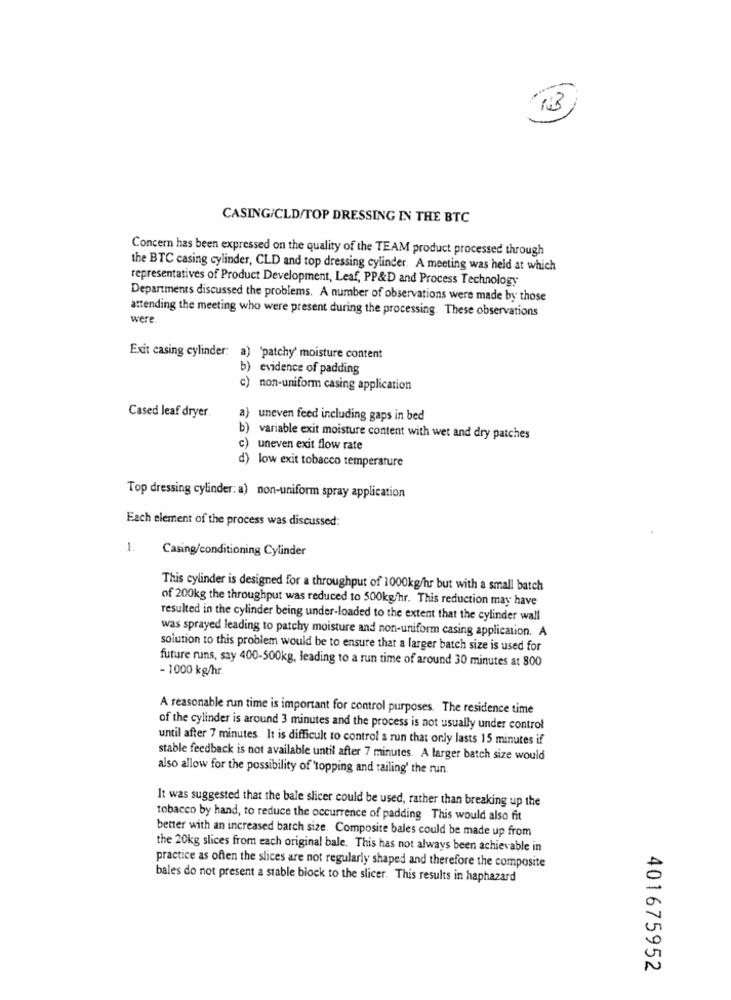
CASING/CLD/TOP DRESSING IN THE BTC
Concern has been expressed on the quality of the TEAM product processed through
the BTC casing cylinder, CLD and top dressing cylinder. A meeting was held at which
representatives of Product Development, Leaf, PP&D and Process Technology
Departments discussed the problems. A number of observations were made by those
attending the meeting who were present during the processing. These observations
were
Exit casing cylinder: a) 'patchy' moisture content
b) evidence of padding
c) non-uniform casing application
Cased leaf dryer
a) uneven feed including gaps in bed
b) variable exit moisture content with wet and dry patches
c) uneven exit flow rate
d) low exit tobacco temperature
Top dressing cylinder: a) non-uniform spray application
Each element of the process was discussed:
1.
Casing/conditioning Cylinder
This cylinder is designed for a throughput of 1000kg/hr but with a small batch
of 200kg the throughput was reduced to 500kg/hr. This reduction may have
resulted in the cylinder being under-loaded to the extent that the cylinder wall
was sprayed leading to patchy moisture and non-uniform casing application. A
solution to this problem would be to ensure that a larger batch size is used for
future runs, say 400-500kg, leading to a run time of around 30 minutes at 800
- 1000 kg/hr.
A reasonable run time is important for control purposes. The residence time
of the cylinder is around 3 minutes and the process is not usually under control
until after 7 minutes. It is difficult to control a run that only lasts 15 minutes if
stable feedback is not available until after 7 minutes. A larger batch size would
also allow for the possibility of 'topping and tailing' the run.
It was suggested that the bale slicer could be used, rather than breaking up the
tobacco by hand, to reduce the occurrence of padding This would also fit
better with an increased batch size. Composite bales could be made up from
the 20kg slices from each original bale. This has not always been achievable in
practice as offen the slices are not regularly shaped and therefore the composite
bales do not present a stable block to the slicer. This results in haphazard
401675952